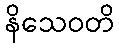
နိသေဝတိ